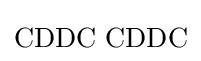
\mathrm {CDDC\,\,CDDC}